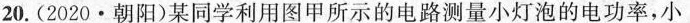
20.(2020·朝阳)某同学利用图甲所示的电路测量小灯泡的电功率，小